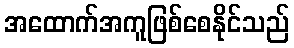
အထောက်အကူဖြစ်စေနိုင်သည်